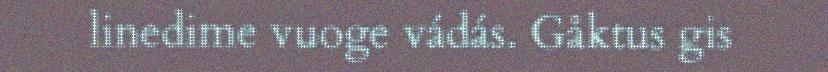
linedime vuoge vádás. Gåktus gis